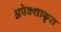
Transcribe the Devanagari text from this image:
अपेक्शाकृत